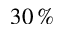
3 0 \, \%